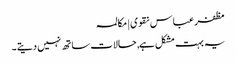
مظفر عباس نقوی | مکالمہ
یہ بہت مشکل ہے, حالات ساتھ نہیں دیتے ۔